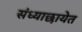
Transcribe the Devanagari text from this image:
संध्याछायेत